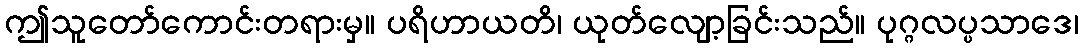
ဤသူတော်ကောင်းတရားမှ။ ပရိဟာယတိ၊ ယုတ်လျော့ခြင်းသည်။ ပုဂ္ဂလပ္ပသာဒေ၊